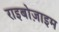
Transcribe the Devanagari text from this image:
राइबोज़ाइम